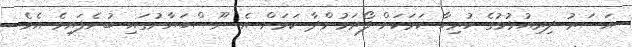
އަސަރު ދިރިއުޅުމުގެ ހުރިހާ ކަމަކަށް ފޯރަމުންދާ ކަމަށް އެ ނޫސްބަޔާނުގައި ބުނެފައިވެ އެވެ.